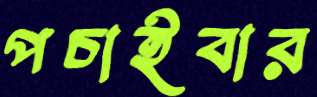
পচাইবার